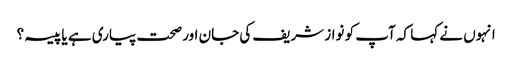
انہوں نے کہا کہ آپ کو نواز شریف کی جان اور صحت پیاری ہے یا پیسہ؟